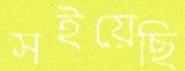
সইয়েছি